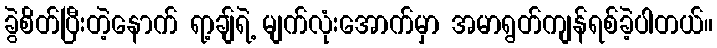
ခွဲစိတ်ပြီးတဲ့နောက် ရာ့ချ်ရဲ့ မျက်လုံးအောက်မှာ အမာရွတ်ကျန်ရစ်ခဲ့ပါတယ်။